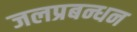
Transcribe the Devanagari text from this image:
जलप्रबन्धन